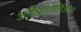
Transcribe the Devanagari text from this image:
अर्दिओवेर्सिओन